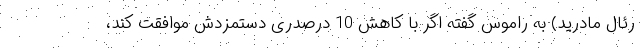
رئال مادرید) به راموس گفته اگر با کاهش 10 درصدری دستمزدش موافقت کند،